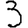
Digit: 3